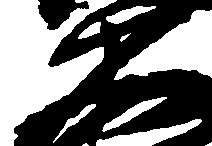
久